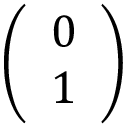
\left( \begin{array} { l } { 0 } \\ { 1 } \end{array} \right)